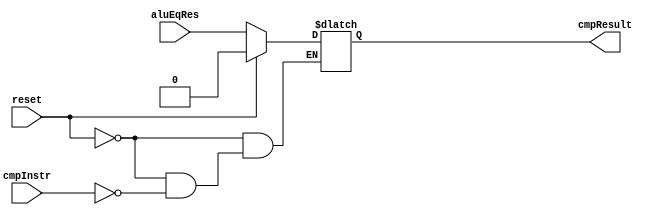
module CompareHandle(cmpInstr, aluEqRes, reset, cmpResult);
    input           cmpInstr;
    input           aluEqRes;
    input           reset;
    output reg      cmpResult;
    
    always@(cmpInstr, aluEqRes, reset) begin
        if(reset == 1'b1)
            cmpResult = 1'b0;
        else if (cmpInstr == 1'b1)
            cmpResult = aluEqRes;
    end
    
endmodule